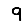
Digit: 9